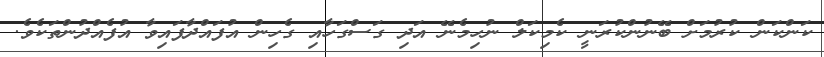
ކަންކަން ކުރުމަށް ބޭނުންކުރަނީ ކެމިކަލް ނުހިމެނޭ އަދި ގަސްގަހާއި ގެހިން އުފައްދާފައިވާ އުފެއްދުންތަކެވެ.